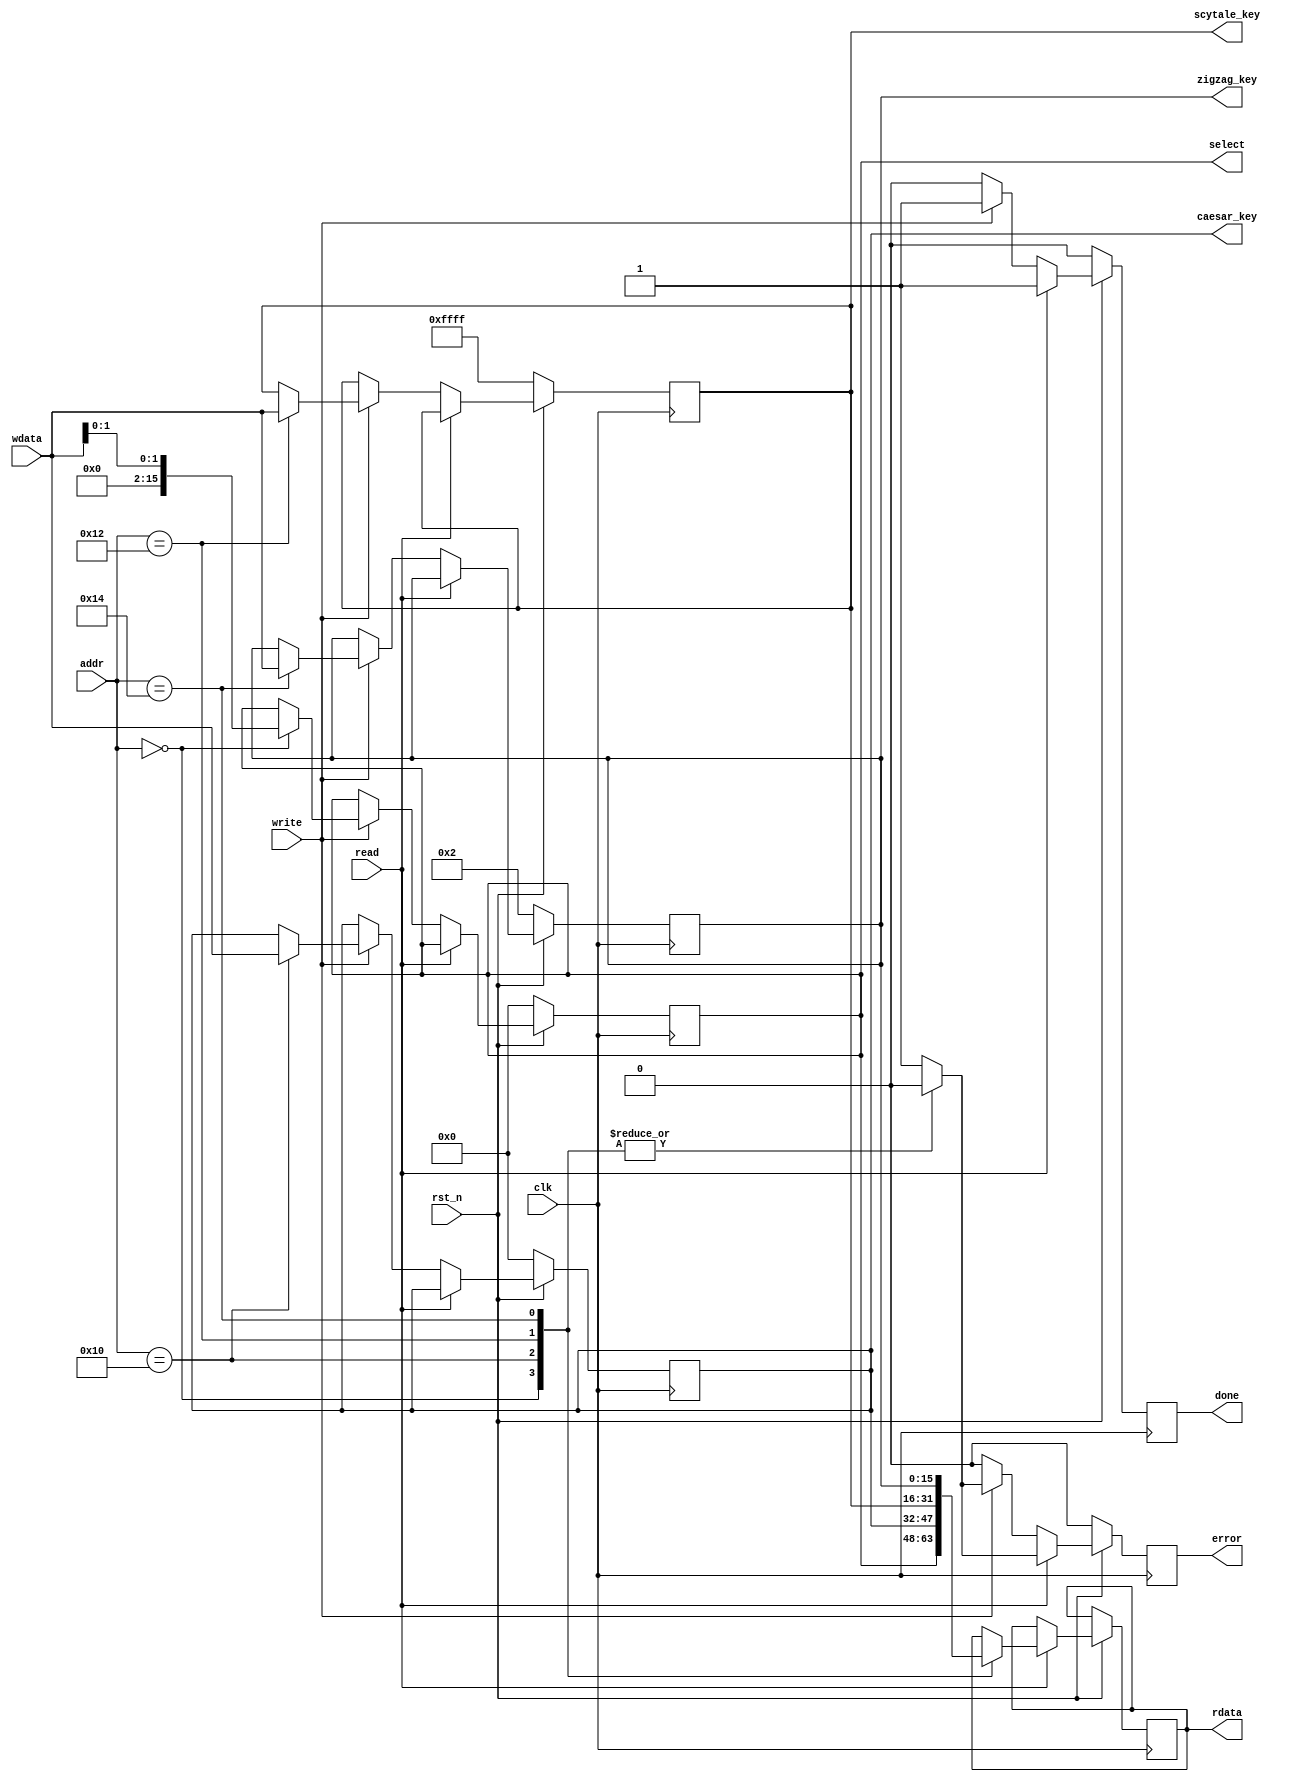
`timescale 1ns / 1ps
//////////////////////////////////////////////////////////////////////////////////
// Company: 
// Engineer: 
// 
// Design Name: 
// Module Name:    decryption_regfile 
// Project Name: 
// Target Devices: 
// Tool versions: 
// Description: 
//
// Dependencies: 
//
// Revision: 
// Revision 0.01 - File Created
// Additional Comments: 
//
//////////////////////////////////////////////////////////////////////////////////
module decryption_regfile #(
			parameter addr_witdth = 8,
			parameter reg_width 	 = 16
		)(
			// Clock and reset interface
			input clk, 
			input rst_n,
			
			// Register access interface
			input[addr_witdth - 1:0] addr,
			input read,
			input write,
			input [reg_width -1 : 0] wdata,
			output reg [reg_width -1 : 0] rdata,
			output reg done,
			output reg error,
			
			// Output wires
			output reg[reg_width - 1 : 0] select,
			output reg[reg_width - 1 : 0] caesar_key,
			output reg[reg_width - 1 : 0] scytale_key,
			output reg[reg_width - 1 : 0] zigzag_key
    );

// TODO implementati bancul de registre.

//bloc de initializare cu valorile de reset ale registrilor 
//si a semnalelor done si error
	initial begin
		select<=16'h0;
		caesar_key<=16'h0;
		scytale_key<=16'hffff;
		zigzag_key<=16'h2;
		done<=0;
		error<=0;
	end
   //pe fiecare front crescator de ceas	
	always @(posedge clk) begin
		done<=0; //done si error sunt 0 la inceput
		error<=0;
		if(!rst_n) begin //daca este activat reset(rst_n este 0), se reseteaza valorile registrilor
			select<=16'h0;
			caesar_key<=16'h0;
			scytale_key<=16'hffff;
			zigzag_key<=16'h2;
		end
		//daca este activat semnalul de citire, se verifica adresa primita
      //daca este o adresa valida, rdata preia valoarea din registrul aflat la adresa respectiva
      //iar citirea este validata de semnalul done(=1 in ciclul de ceas urmator)
      //nu avem eroare		
		else if(read) begin
			case(addr) 
				8'h0: begin rdata<=select;
			         done<=1;
					   end
				8'h10:begin rdata<=caesar_key;
					   done<=1;
					   end
				8'h12:begin rdata<=scytale_key;
			          done<=1;
					    end
			   8'h14:begin rdata<=zigzag_key;
			         done<=1;
					   end
				//altfel, daca adresa de intrare nu corespunde niciunui registru se indica o eroare la citire, validata tot de done
			   default: begin error<=1;
			          done<=1;
					    end
		   endcase
	  end
	  //daca este activat semnalul de scriere, se verifica adresa primita
	  //iar daca aceasta corespunde unuia din registrii, se va stoca in registrul respectiv valoarea din wdata,
	  //iar semnalul done este pus pe 1 (pe ciclul de ceas urmator)
	  //nu exista eroare la scriere
	  else if(write) begin
			case(addr)
				8'h0: begin select<=wdata[1:0]; //pentru registrul select se folosesc doar bitii [1:0], scrierea celorlalti fiind ignorata
						done<=1;
						end
				8'h10:begin caesar_key<=wdata;
						done<=1;
						end
				8'h12:begin scytale_key<=wdata;
						done<=1;
					end
				8'h14:begin zigzag_key<=wdata;
						done<=1;
						end
				//altfel, daca adresa nu este valida, se indica o eroare la scriere, iar done este pus pe 1 in ciclul urmator
				default: begin error<=1;
						done<=1;
						end
			endcase
	  end
  end
  
endmodule